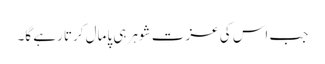
جب اس کی عزت شوہر ہی پامال کرتا رہے گا۔